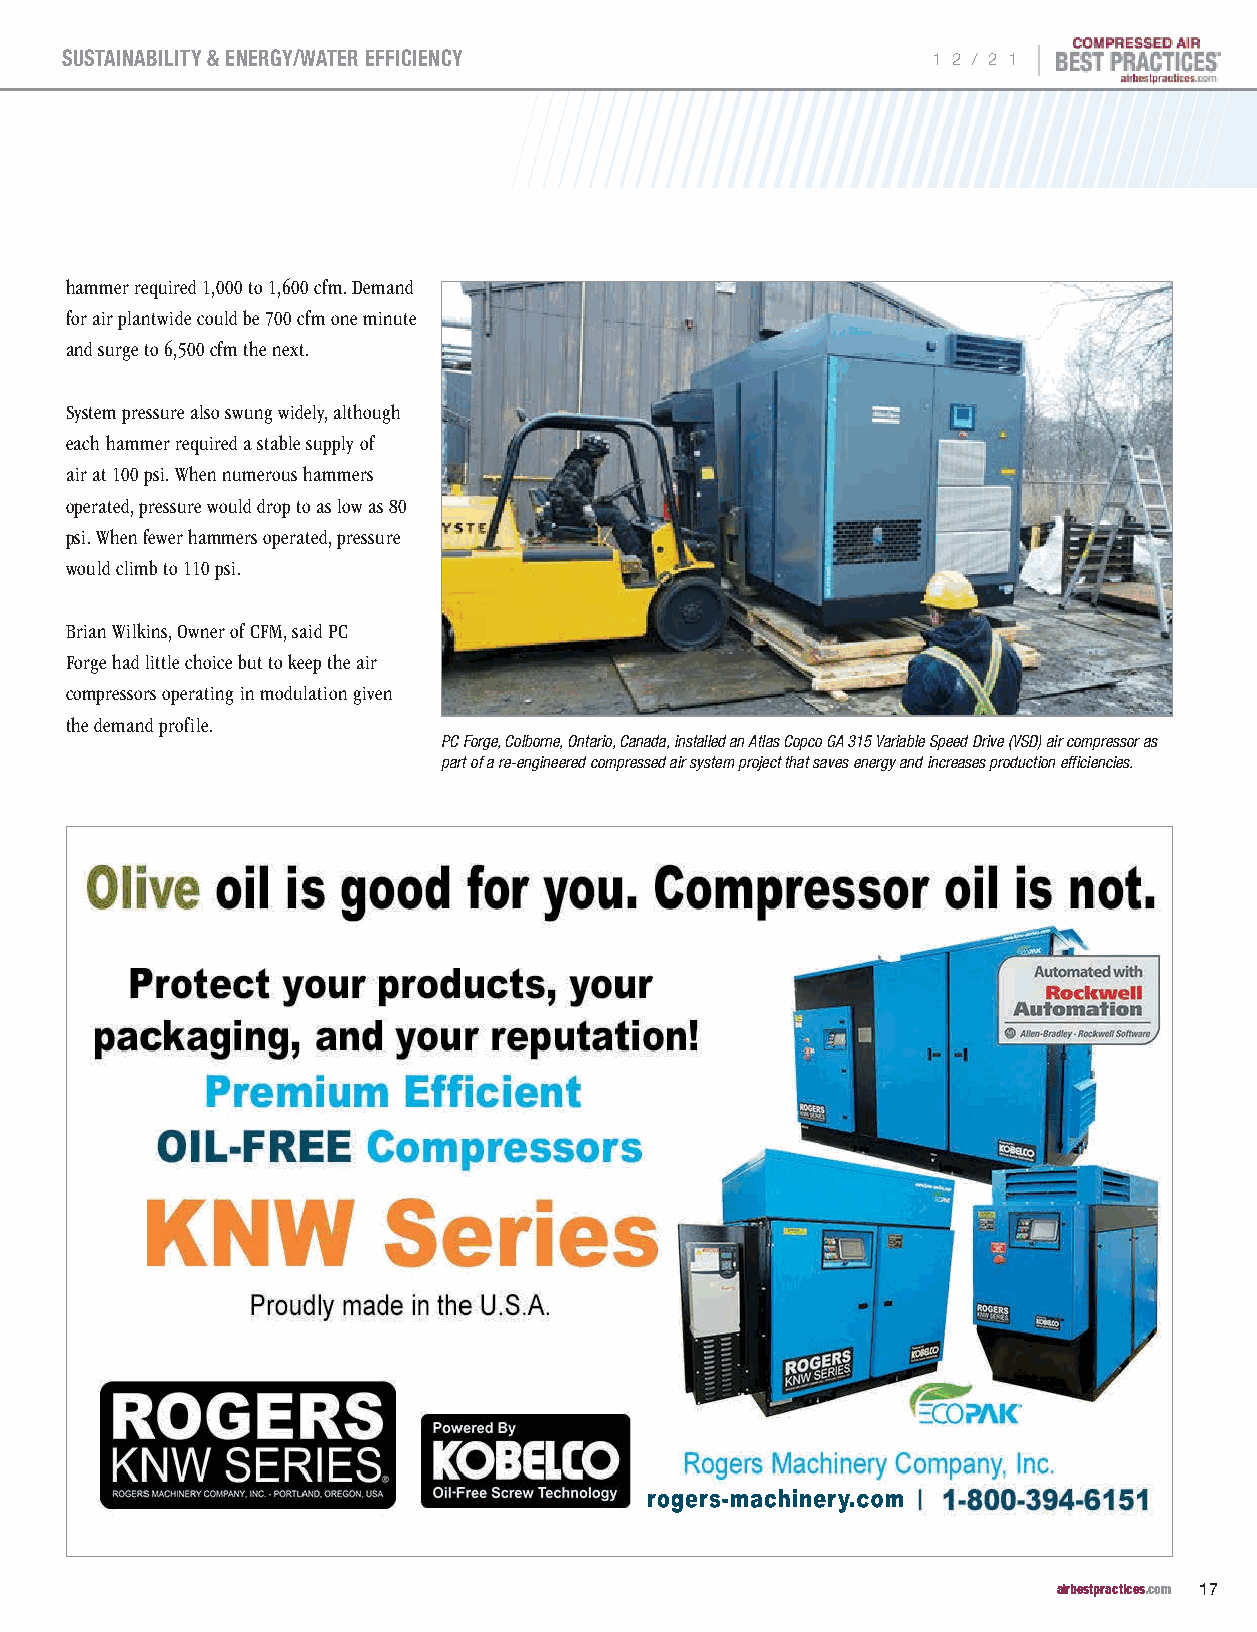
|
 SUSTAINABILITY & ENERGY/WATER EFFICIENCY                  1 2 / 2 1
 hammer required 1,000 to 1,600 cfm. Demand
 for air plantwide could be 700 cfm one minute
 and surge to 6,500 cfm the next.
 System pressure also swung widely, although
 each hammer required a stable supply of
 air at 100 psi. When numerous hammers
 operated, pressure would drop to as low as 80
 psi. When fewer hammers operated, pressure
 would climb to 110 psi.
 Brian Wilkins, Owner of CFM, said PC
 Forge had little choice but to keep the air
 compressors operating in modulation given
 the demand profile.
 PC Forge, Colborne, Ontario, Canada, installed an Atlas Copco GA 315 Variable Speed Drive (VSD) air compressor as
 part of a re-engineered compressed air system project that saves energy and increases production efficiencies.
 rogers-machinery.com
 airbestpractices.com 17